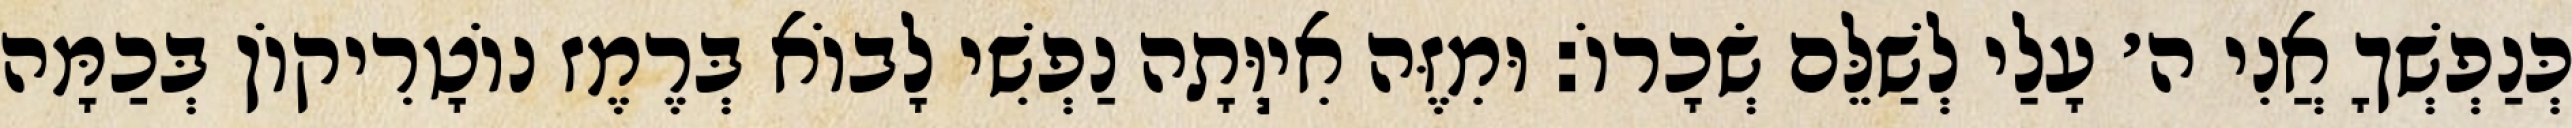
כְּנַפְשְׁךָ אֲנִי ה׳ עָלַי לְשַׁלֵּם שְׂכָרוֹ: וּמִזֶּה אִיֽוְּתָה נַפְשִׁי לָבוֹא בְּרֶמֶז נוֹטָרִיקוֹן בְּכַמָּה